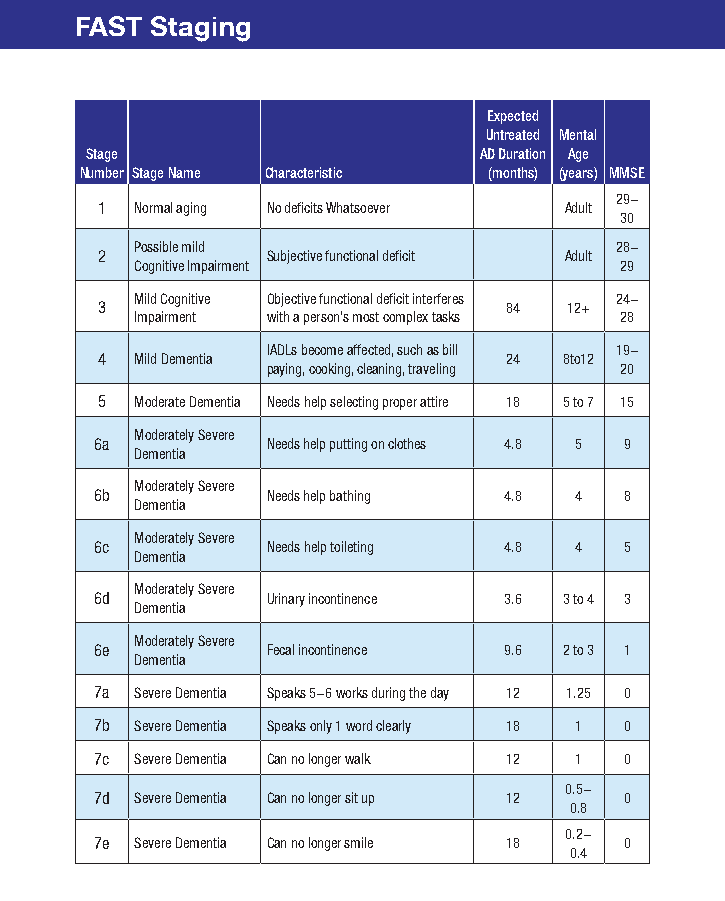
FAST Staging
 Expected
 Untreated Mental
 Stage                     AD Duration Age
 Number Stage Name Characteristic (months) (years) MMSE
 29-
 1  Normal aging No deficits Whatsoever Adult
 30
 Possible mild                   28-
 2           Subjective functional deficit Adult
 Cognitive Impairment            29
 Mild Cognitive Objective functional deficit interferes 24-
 3                           84  12+
 Impairment with a person’s most complex tasks 28
 IADLs become affected, such as bill 19-
 4  Mild Dementia            24 8to12
 paying, cooking, cleaning, traveling 20
 5  Moderate Dementia Needs help selecting proper attire 18 5 to 7 15
 Moderately Severe
 6a          Needs help putting on clothes 4.8 5 9
 Dementia
 Moderately Severe
 6b          Needs help bathing 4.8 4 8
 Dementia
 Moderately Severe
 6c          Needs help toileting 4.8 4 5
 Dementia
 Moderately Severe
 6d          Urinary incontinence 3.6 3 to 4 3
 Dementia
 Moderately Severe
 6e          Fecal incontinence 9.6 2 to 3 1
 Dementia
 7a Severe Dementia Speaks 5-6 works during the day 12 1.25 0
 7b Severe Dementia Speaks only 1 word clearly 18 1 0
 7c Severe Dementia Can no longer walk 12 1 0
 0.5-
 7d Severe Dementia Can no longer sit up 12 0
 0.8
 0.2-
 7e Severe Dementia Can no longer smile 18 0
 0.4